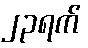
၂၃ရက်